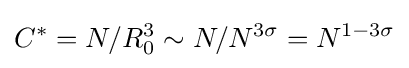
C^{*}=N/R_{0}^{3}\sim N/N^{3\sigma }=N^{1-3\sigma }